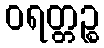
ဝရတ္တဉ္စ